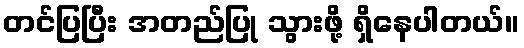
တင်ပြပြီး အတည်ပြု သွားဖို့ ရှိနေပါတယ်။